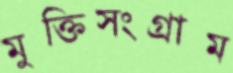
মুক্তিসংগ্রাম